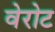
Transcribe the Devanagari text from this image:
वेरोट